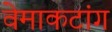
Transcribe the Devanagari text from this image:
वेमाकटांग